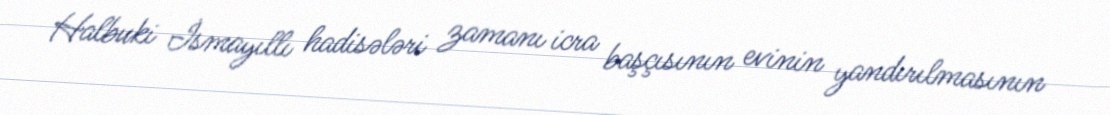
Halbuki İsmayıllı hadisələri zamanı icra başçısının evinin yandırılmasının